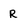
Character: R